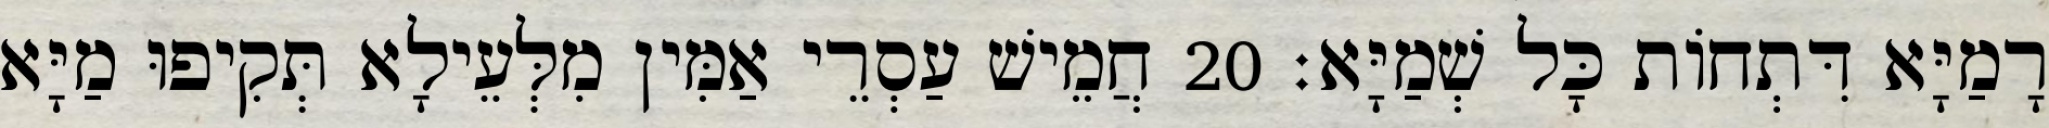
רָמַיָּא דִּתְחוֹת כָּל שְׁמַיָּא׃ 20 חֲמֵישׁ עַסְרֵי אַמִּין מִלְּעֵילָא תְּקִיפוּ מַיָּא